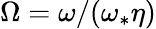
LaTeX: \Omega=\omega/(\omega_{*}\eta)